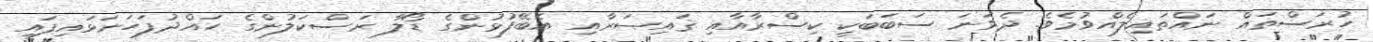
ހުރަސްތައް ނައްތައިލެއްވުމެވެ. ދެވަނަ ސަބަބަކީ ކިސްރާއާއި ޤައިޞަރާއި އެބޭފުޅުންގެ ޑޯލާ ރަސްކަލުންގެ ހައްދުފަހަނަޅައިފައި